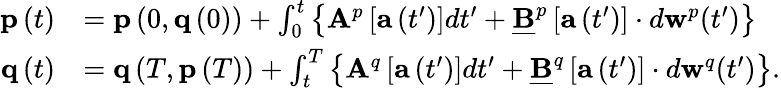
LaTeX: \begin{array}{rl}{\mathbf{p}\left(t\right)}&{=\mathbf{p}\left(0,\mathbf{q}\left(0\right)\right)+\int_{0}^{t}\left\{ \mathbf{A}^{p}\left[\mathbf{a}\left(t^{\prime}\right)\right]dt^{\prime}+\underline{{\mathbf{B}}}^{p}\left[\mathbf{a}\left(t^{\prime}\right)\right]\cdot d\mathbf{w}^{p}(t^{\prime})\right\} }\\ {\mathbf{q}\left(t\right)}&{=\mathbf{q}\left(T,\mathbf{p}\left(T\right)\right)+\int_{t}^{T}\left\{ \mathbf{A}^{q}\left[\mathbf{a}\left(t^{\prime}\right)\right]dt^{\prime}+\underline{{\mathbf{B}}}^{q}\left[\mathbf{a}\left(t^{\prime}\right)\right]\cdot d\mathbf{w}^{q}(t^{\prime})\right\} .}\end{array}